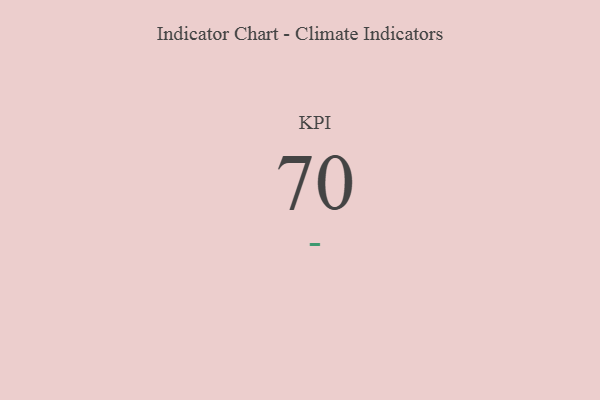
{"axis": {"x": "KPI", "y": "Value"}, "legend": [""], "data": [{"x": "KPI", "y": 70, "type": ""}]}